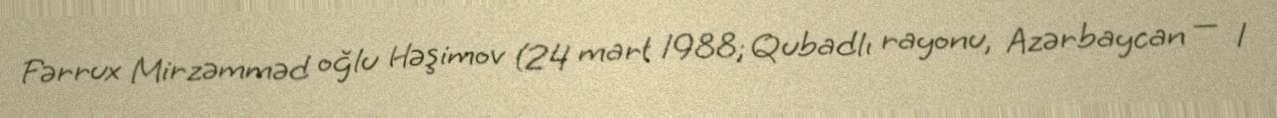
Fərrux Mirzəmməd oğlu Həşimov (24 mart 1988; Qubadlı rayonu, Azərbaycan — 1